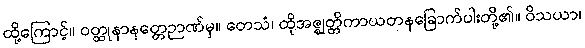
ထို့ကြောင့်။ ဝတ္ထုနာနတ္တေဉာဏ်မှ။ တေသံ၊ ထိုအဇ္ဈတ္တိကာယတနခြောက်ပါးတို့၏။ ဝိသယာ၊